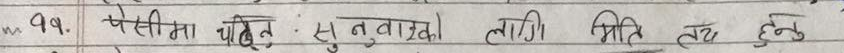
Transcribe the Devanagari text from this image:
११. पेशीमा चाहिं सुनुवाइको लागि मिति तल हुन्छ